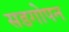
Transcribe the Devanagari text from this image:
सडगोपन